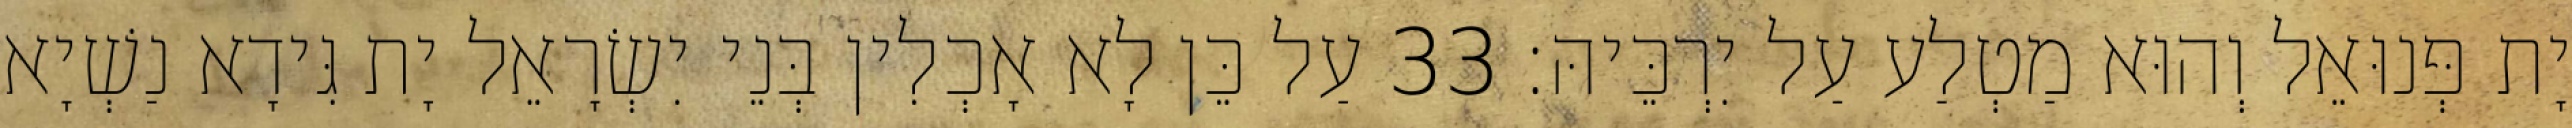
יָת פְּנוּאֵל וְהוּא מַטְלַע עַל יִרְכֵּיהּ׃ 33 עַל כֵּן לָא אָכְלִין בְּנֵי יִשְׂרָאֵל יָת גִּידָא נַשְׁיָא